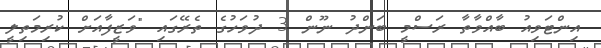
އިންޓަވިއު ބާއްވާތާ ރަސްމީ ބަންދު ނޫން 3 ދުވަހުގެ ތެރޭގައި "ވަޒީފާއަށް ކުރިމަތިލީ